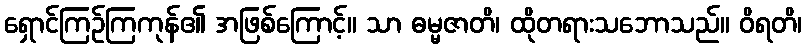
ရှောင်ကြဉ်ကြကုန်၏ အဖြစ်ကြောင့်။ သာ ဓမ္မဇာတိ၊ ထိုတရားသဘောသည်။ ဝိရတိ၊